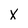
Character: X